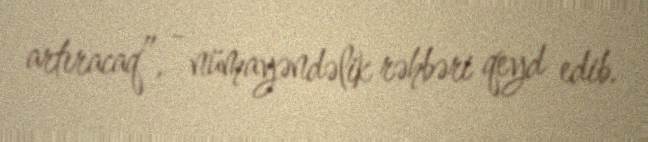
artıracaq”, - nümayəndəlik rəhbəri qeyd edib.